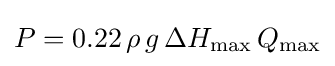
P=0.22\,\rho \,g\,\Delta H_{\text{max}}\,Q_{\text{max}}